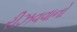
રીઝવવાનો